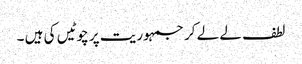
لطف لے لے کر جمہوریت پر چوٹیں کی ہیں ۔